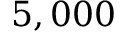
5 , 0 0 0